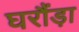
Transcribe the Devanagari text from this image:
घरौंड़ा